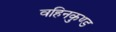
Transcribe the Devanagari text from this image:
वहिनकुण्ड